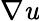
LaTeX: \nabla\mathit{u}